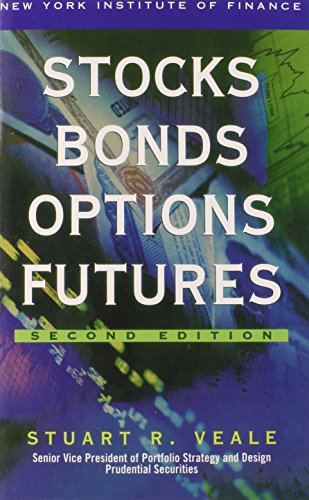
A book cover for Stocks Bonds Options Futures; Stuart R. Veale; Business & Money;